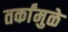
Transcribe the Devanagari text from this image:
तर्कांमुळे